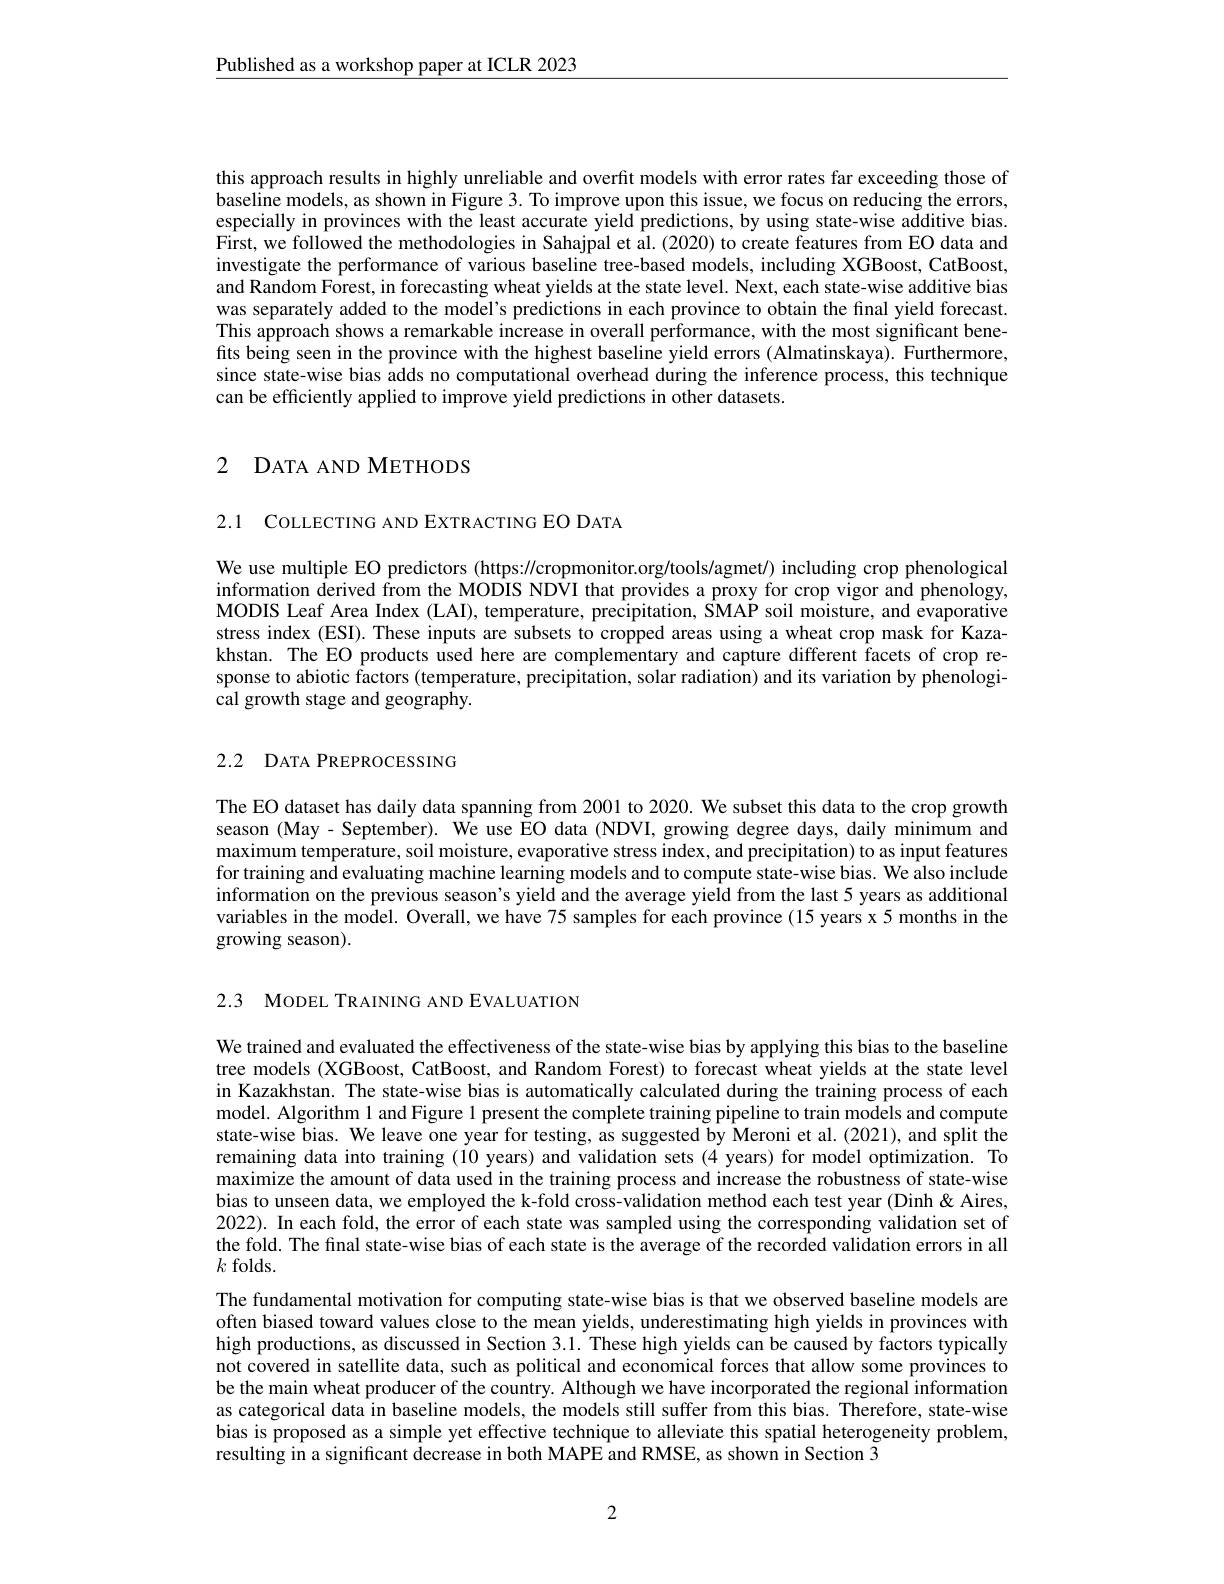
$\underline{\text{Published as a workshop paper at ICLR 2023}}$

this approach results in hig baseline models, as shown in Figure 3. To improve upon this issue, we focus on reducing the errors, especially in provinces with First, we followed the methodologies in Sahajpal et al.(2020) to create features from EO data and investigate the performance and Random Forest, in foreca was separately added to the This approach shows a remarkable increase in overall performance, with the most significant benefits being seen in the province with the highest baseline yield errors (Almatinskaya). Furthermore, since state-wise bias adds no computational overhead during the inference process, this technique can be efficiently applied to improve yield predictions in other datasets.

# 2 DATA AND METHODS

2.1 COLLECTING AND EXTRACTIN

We use multiple EO predictors (https://cropmonitor.org/tools/agmet/) including crop phenological information derived from the MODIS NDVI that provides a proxy for crop vigor and phenology, MODIS Leaf Area Index (LAI), temperature, precipitation, SMAP soil moisture, and evaporative stress index (ESI). These in khstan. The EO products used sponse to abiotic factors (t cal growth stage and geography.

# 2.2 DATA PREPROCESSING

The EO dataset has daily dat season (May- September). We use EO data (NDVI, growing degree days, daily minimum and maximum temperature, soil mo for training and evaluating machine learning models and to compute state-wise bias. We also include information on the previous season's yield and the average yield from the last 5 years as additional variables in the model. Overall, we have 75 samples for each province (15 years x 5 months in the growing season).

2.3 MODEL TRAINING AND EVALUATION

We trained and evaluated the effectiveness of the state-wise bias by applying this bias to the baseline tree models (XGBoost, CatBoost, and Random Forest) to forecast wheat yields at the state level in Kazakhstan. The state-wise bias is automatically calculated during the training process of each model. Algorithm 1 and Figure 1 present the complete training pipeline to train models and compute state-wise bias. We leave one year for testing, as suggested by Meroni et al.(2021), and split the remaining data into training (10 years) and validation sets (4 years) for model optimization. To maximize the amount of data used in the training process and increase the robustness of state-wise bias to unseen data, we employed the k-fold cross-validation method each test year (Dinh&Aires, 2022). In each fold, the error of each state was sampled using the corresponding validation set of the fold. The final state-wise bias of each state is the average of the recorded validation errors in all $k$ folds.
The fundamental motivation for computing state-wise bias is that we observed baseline models are often biased toward values close to the mean yields, underestimating high yields in provinces with high productions, as discussed in Section 3.1. These high yields can be caused by factors typically not covered in satellite data, such as political and economical forces that allow some provinces to be the main wheat producer of the country. Although we have incorporated the regional information as categorical data in baseline models, the models still suffer from this bias. Therefore, state-wise bias is proposed as a simple yet effective technique to alleviate this spatial heterogeneity problem, resulting in a significant decrease in both MAPE and RMSE, as shown in Section $\tilde{3}$

2